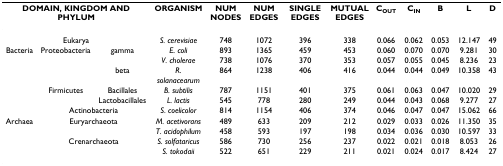
<table><thead><tr><td colspan="3"><b>DOMAIN, KINGDOM AND PHYLUM</b></td><td><b>ORGANISM</b></td><td><b>NUM NODES</b></td><td><b>NUM EDGES</b></td><td><b>SINGLE EDGES</b></td><td><b>MUTUAL EDGES</b></td><td><b>C<sub>OUT</sub></b></td><td><b>C<sub>IN</sub></b></td><td><b>B</b></td><td><b>L</b></td><td><b>D</b></td></tr></thead><tbody><tr><td colspan="3">Eukarya</td><td><i>S. cerevisiae</i></td><td>748</td><td>1072</td><td>396</td><td>338</td><td>0.066</td><td>0.062</td><td>0.053</td><td>12.147</td><td>49</td></tr><tr><td>Bacteria</td><td>Proteobacteria</td><td>gamma</td><td><i>E. coli</i></td><td>893</td><td>1365</td><td>459</td><td>453</td><td>0.060</td><td>0.070</td><td>0.070</td><td>9.281</td><td>30</td></tr><tr><td></td><td></td><td></td><td><i>V. cholerae</i></td><td>738</td><td>1076</td><td>370</td><td>353</td><td>0.057</td><td>0.055</td><td>0.045</td><td>8.236</td><td>23</td></tr><tr><td></td><td></td><td>beta</td><td><i>R. solanacearum</i></td><td>864</td><td>1238</td><td>406</td><td>416</td><td>0.044</td><td>0.044</td><td>0.049</td><td>10.358</td><td>43</td></tr><tr><td></td><td>Firmicutes</td><td>Bacillales</td><td><i>B. subtilis</i></td><td>787</td><td>1151</td><td>401</td><td>375</td><td>0.061</td><td>0.063</td><td>0.047</td><td>10.020</td><td>29</td></tr><tr><td></td><td></td><td>Lactobacillales</td><td><i>L. lactis</i></td><td>545</td><td>778</td><td>280</td><td>249</td><td>0.044</td><td>0.043</td><td>0.068</td><td>9.277</td><td>27</td></tr><tr><td></td><td colspan="2">Actinobacteria</td><td><i>S. coelicolor</i></td><td>814</td><td>1154</td><td>406</td><td>374</td><td>0.046</td><td>0.047</td><td>0.047</td><td>15.062</td><td>66</td></tr><tr><td>Archaea</td><td colspan="2">Euryarchaeota</td><td><i>M. acetivorans</i></td><td>489</td><td>633</td><td>209</td><td>212</td><td>0.029</td><td>0.033</td><td>0.026</td><td>11.350</td><td>35</td></tr><tr><td></td><td></td><td></td><td><i>T. acidophilum</i></td><td>458</td><td>593</td><td>197</td><td>198</td><td>0.034</td><td>0.036</td><td>0.030</td><td>10.597</td><td>33</td></tr><tr><td></td><td colspan="2">Crenarchaeota</td><td><i>S. solfataricus</i></td><td>586</td><td>730</td><td>256</td><td>237</td><td>0.022</td><td>0.021</td><td>0.018</td><td>8.053</td><td>26</td></tr><tr><td></td><td></td><td></td><td><i>S. tokodaii</i></td><td>522</td><td>651</td><td>229</td><td>211</td><td>0.021</td><td>0.024</td><td>0.017</td><td>8.424</td><td>27</td></tr></tbody></table>